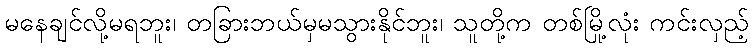
မနေချင်လို့မရဘူး၊ တခြားဘယ်မှမသွားနိုင်ဘူး၊ သူတို့က တစ်မြို့လုံး ကင်းလှည့်